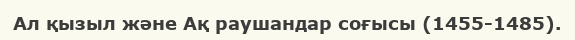
Ал қызыл және Ақ раушандар соғысы (1455-1485).